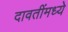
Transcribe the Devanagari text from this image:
दावतींमध्ये